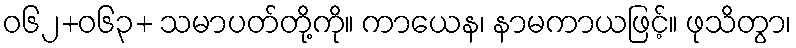
ဝ၆၂+၀၆၃+ သမာပတ်တို့ကို။ ကာယေန၊ နာမကာယဖြင့်။ ဖုသိတွာ၊